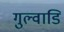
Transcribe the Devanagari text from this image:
गुल्वाडि